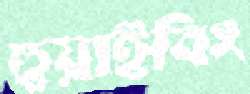
হুয়াইবিং